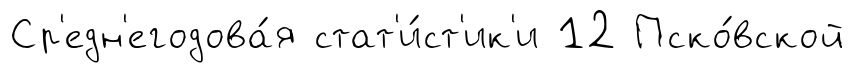
Ср'едн'егодова́я стат'и́ст'ик'и 12 Пско́вской